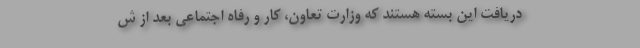
دریافت این بسته هستند که وزارت تعاون، کار و رفاه اجتماعی بعد از ش